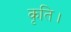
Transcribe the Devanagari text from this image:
कृति।